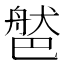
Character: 𦩐